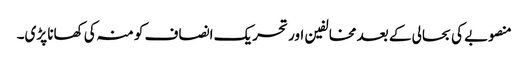
منصوبے کی بحالی کے بعد مخالفین اور تحریک انصاف کو منہ کی کھانا پڑی۔